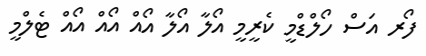
ފޯރ އަސް ހޯލްޑްމީ ކެރީމީ އޯލާ އޯލާ އޯއް އޯއް އޯއް ޓެލްމީ